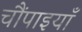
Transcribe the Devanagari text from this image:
चौंपाइयाँ